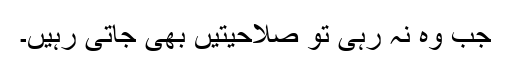
جب وہ نہ رہی تو صلاحیتیں بھی جاتی رہیں۔